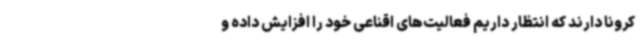
کرونا دارند که انتظار داریم فعالیت‌های اقناعی خود را افزایش داده و